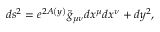
d s ^ { 2 } = e ^ { 2 A \left( y \right) } \tilde { g } _ { \mu \nu } d x ^ { \mu } d x ^ { \nu } + d y ^ { 2 } ,